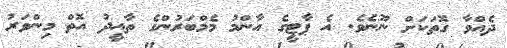
ދެއްވާ ގޮތަކަށް ނޫނެވެ. އެ ޕާޓީގެ އާންމު މެމްބަރުންގެ ތާއީދު އޮތް މިންވަރު